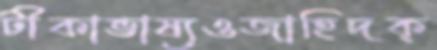
টীকাভাষ্যওজাহিদক্